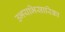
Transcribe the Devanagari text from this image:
उभयभिसारिका